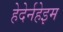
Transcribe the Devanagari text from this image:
हेदेर्नहेइम